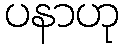
ပနာဟု